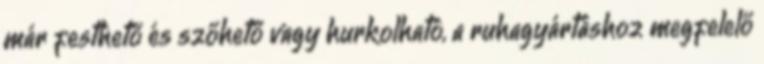
már festhető és szőhető vagy hurkolható, a ruhagyártáshoz megfelelő